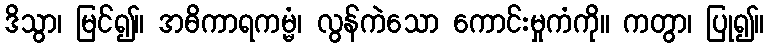
ဒိသွာ၊ မြင်၍။ အဓိကာရကမ္မံ၊ လွန်ကဲသော ကောင်းမှုကံကို။ ကတွာ၊ ပြု၍။